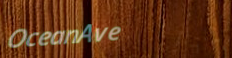
OceanAve